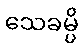
သေခမ္ပိ